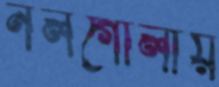
নলগোলায়